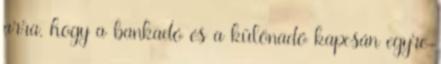
arra, hogy a bankadó és a különadó kapcsán egyre